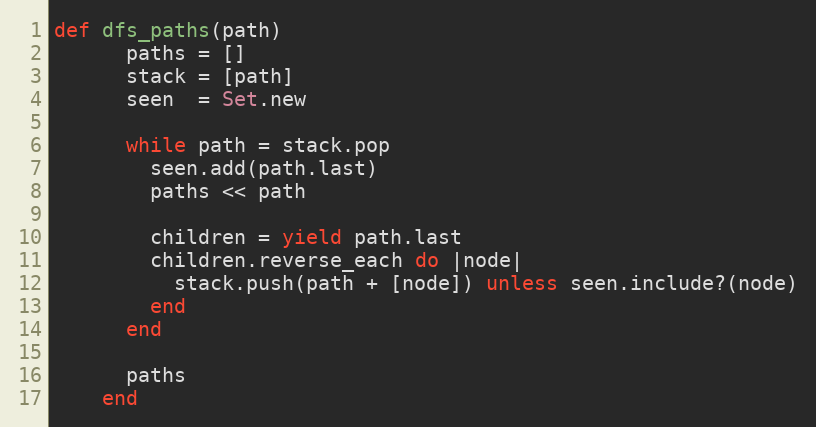
Language: Ruby
def dfs_paths(path)
      paths = []
      stack = [path]
      seen  = Set.new

      while path = stack.pop
        seen.add(path.last)
        paths << path

        children = yield path.last
        children.reverse_each do |node|
          stack.push(path + [node]) unless seen.include?(node)
        end
      end

      paths
    end